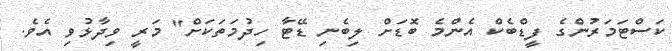
ކަސްޓަމަރުންގެ ފީޑްބެކް އެންމެ ބޮޑަށް ލިބެނި ޑޭޓާ ހިދުމަތަކަށް" މަރީ ވިދާޅުވި އެވެ.